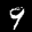
Label: 9